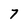
Character: 7